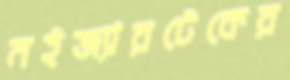
মইজ্যারটেকের